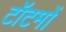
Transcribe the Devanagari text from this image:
टॉटमों